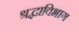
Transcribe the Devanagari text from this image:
श्रद्धाविभाग